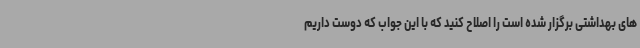
های بهداشتی برگزار شده است را اصلاح کنید که با این جواب که دوست داریم